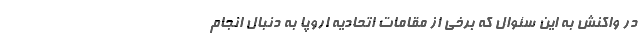
در واکنش به این سئوال که برخی از مقامات اتحادیه اروپا به دنبال انجام